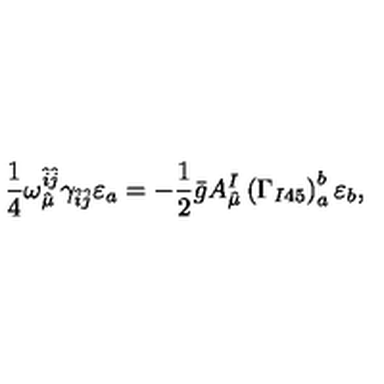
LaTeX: \frac { 1 } { 4 } \omega _ { \hat { \mu } } ^ { \hat { i } \hat { j } } \gamma _ { \hat { i } \hat { j } } \varepsilon _ { a } = - \frac { 1 } { 2 } \bar { g } A _ { \hat { \mu } } ^ { I } \left( \Gamma _ { I 4 5 } \right) _ { a } ^ { b } \varepsilon _ { b } ,